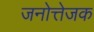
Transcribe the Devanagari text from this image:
जनोत्तेजक